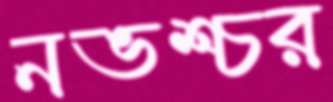
নভশ্চর